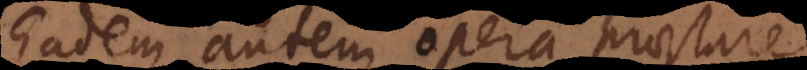
Eadem autem opera praestare